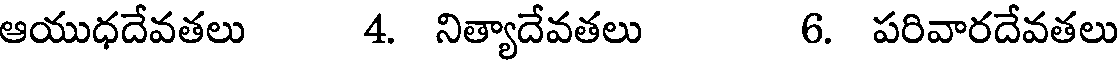
ఆయుధదేవతలు 4. నిత్యాదేవతలు 6. పరివారదేవతలు